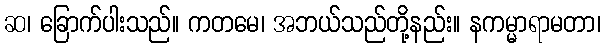
ဆ၊ ခြောက်ပါးသည်။ ကတမေ၊ အဘယ်သည်တို့နည်း။ နကမ္မာရာမတာ၊